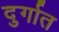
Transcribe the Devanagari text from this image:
दुर्गात